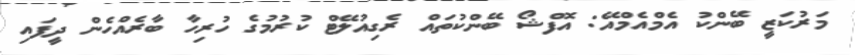
މަރުކަޒީ ބޭންކު އެމްއެމްއޭ: އޮފްޝޯ ބޭންކުތައް ރެގިއުލޭޓް ކުރުމުގެ ހުރިހާ ބާރެއްހެން ދީފައި